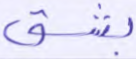
بشق